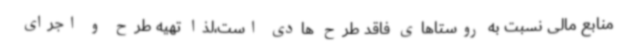
منابع مالی نسبت به روستاهای فاقد طرح هادی است،لذا تهیه طرح و اجرای